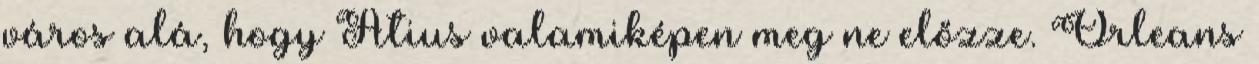
város alá, hogy Atius valamiképen meg ne előzze. Orleans